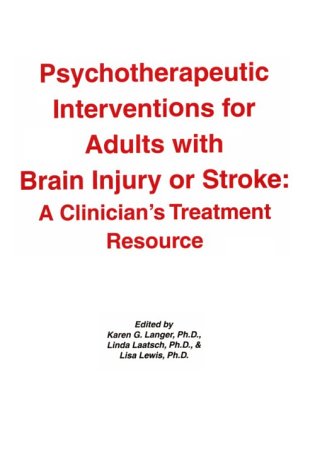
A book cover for Psychotherapeutic Interventions for Adults with Brain Injury or Stroke: A Clinician's Treatment Resource; Health, Fitness & Dieting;